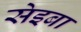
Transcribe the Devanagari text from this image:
सेइबा